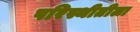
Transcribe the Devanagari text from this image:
परिस्थीतीला